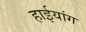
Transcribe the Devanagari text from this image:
हाईयांग